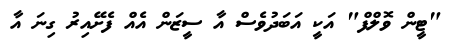
"ޓީން ވޮލްފް" އަކީ އަބަދުވެސް އާ ސީޒަން އެއް ފެށޭއިރު ގިނަ އާ